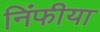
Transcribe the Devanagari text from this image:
निंफीया